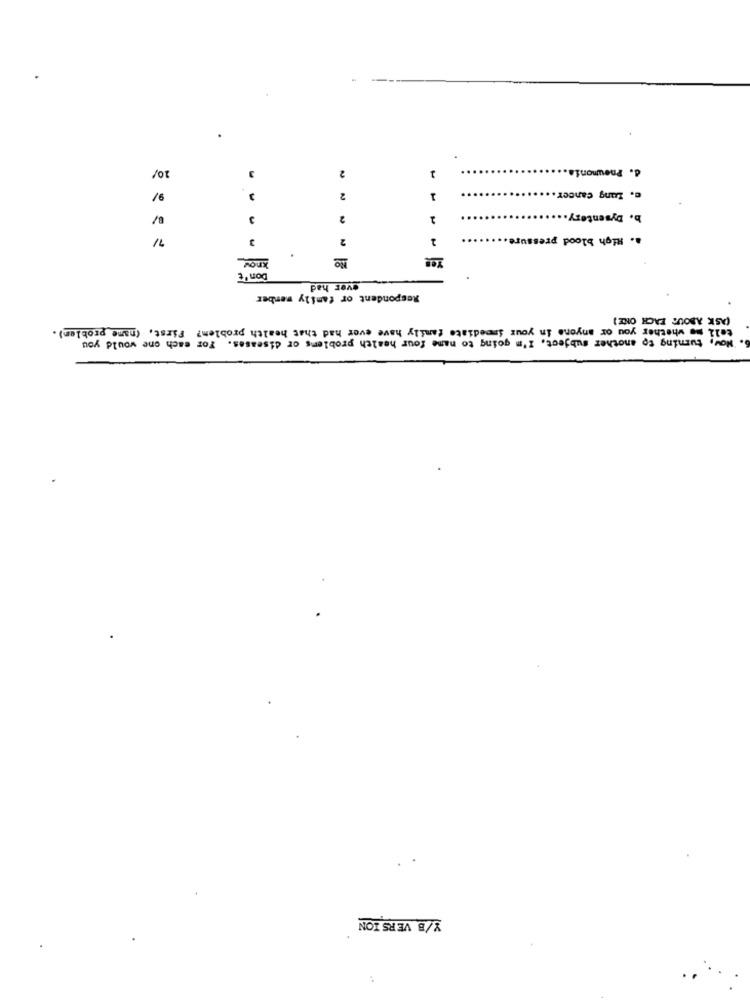
.
10/
2
d. Pneumonia.
3
-
c. Lung cancer.
2
1
2
2
b. Dysentery ..
7/
2
2
a. High blood pressure.
know_
No
Don't
ever had
Respondent or family member
(ASK ABOUT EACH ONE)
tell me whether you or anyone in your immediate family have ever had that health problem? First, (name problem).
6. Now, turning to another subject. I'm going to name four health problems or diseases. For each one would you
Y/B VERSION
: